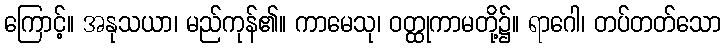
ကြောင့်။ အနုသယာ၊ မည်ကုန်၏။ ကာမေသု၊ ဝတ္ထုကာမတို့၌။ ရာဂေါ၊ တပ်တတ်သော